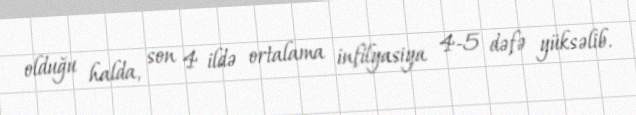
olduğu halda, son 4 ildə ortalama infilyasiya 4-5 dəfə yüksəlib.